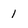
Character: 1